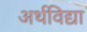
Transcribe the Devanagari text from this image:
अर्थविद्या